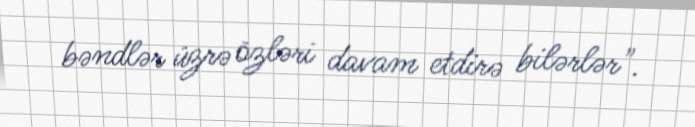
bəndlər üzrə özləri davam etdirə bilərlər".